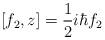
LaTeX: \begin{align*} [ f_{2},z] = \frac{1}{2}i \hbar f_{2} \end{align*}